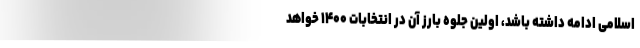
اسلامی ادامه داشته باشد، اولین جلوه بارز آن در انتخابات ۱۴۰۰ خواهد